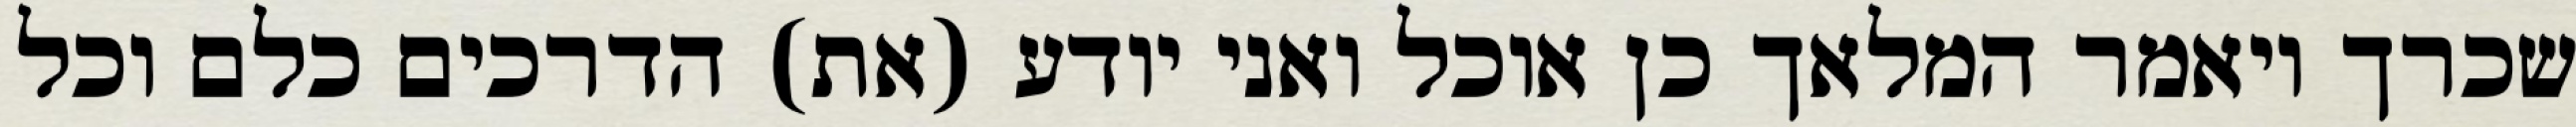
שכרך ויאמר המלאך כן אוכל ואני יודע (את) הדרכים כלם וכל